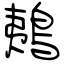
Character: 鴺